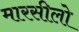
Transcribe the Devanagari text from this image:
मारसीलो